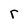
Character: r